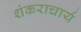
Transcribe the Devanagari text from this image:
शंकराचार्य